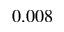
0 . 0 0 8